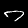
Digit: 7